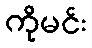
ကိုမင်း